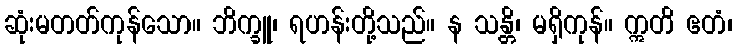
ဆုံးမတတ်ကုန်သော။ ဘိက္ခူ၊ ရဟန်းတို့သည်။ န သန္တိ၊ မရှိကုန်။ ဣတိ ဧတံ၊